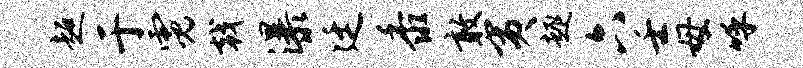
超于霓戟瀑廷黍敢夷趣六壬母呼